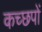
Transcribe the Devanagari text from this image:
कच्छपों